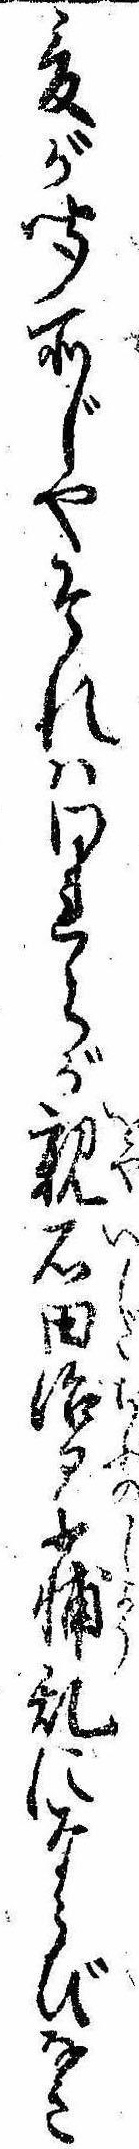
爰が聞所じやそれはわれらが親石田治卩少輔乱にならびなき